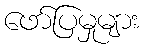
ဖော်ပြမှုများ